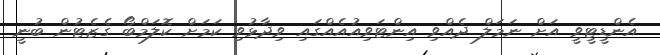
އެންޑީޓީވީ އަށް ނަމަލް ދެއްވި އިންޓަވިއުއެއްގައި ވިދާޅުވި ކަމަށް ކޮލަމްބޯ ގެޒެޓުން ބުނީ